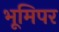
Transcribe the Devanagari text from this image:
भूमिपर